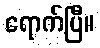
ရောက်ပြီ။